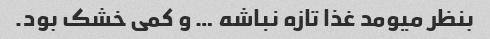
بنظر میومد غذا تازه نباشه … و کمی خشک بود.